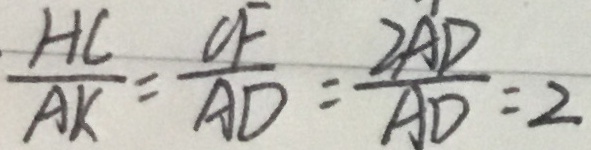
\frac { H C } { A K } = \frac { C F } { A D } = \frac { 2 A D } { A D } = 2